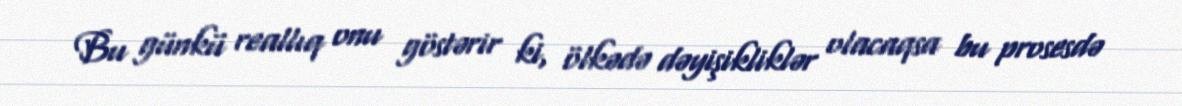
Bu günkü reallıq onu göstərir ki, ölkədə dəyişikliklər olacaqsa bu prosesdə